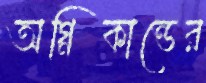
অগ্নিকান্ডের